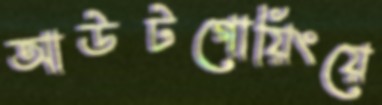
আউটগোয়িংয়ে